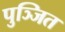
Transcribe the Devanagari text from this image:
पुञ्जित